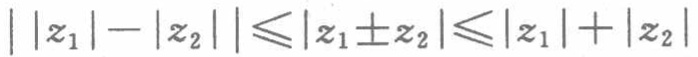
\(\vert\vert z_1\vert - \vert z_2\vert\vert\leqslant\vert z_1\pm z_2\vert\leqslant\vert z_1\vert + \vert z_2\vert\)